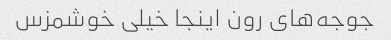
جوجه‌های رون اینجا خیلی خوشمزس